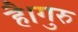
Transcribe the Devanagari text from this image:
है।गुरु